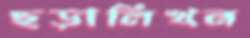
ছড়ালিখন